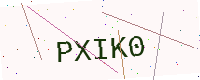
Text: PXIK0